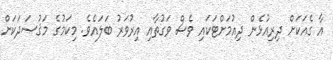
އާ ގެއަކަށް ދިރިއުޅެން ދިއުމަށްޓަކައި ވެސް ވަގުތާއި އިރުވަރު ބަލައެވެ. މިކަމުގެ މަޤުޞަދަކަށް